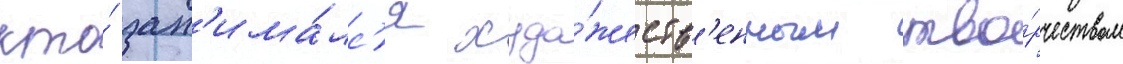
кто́ зан'има́лс'я худо́жеств'енным тво́рчеством